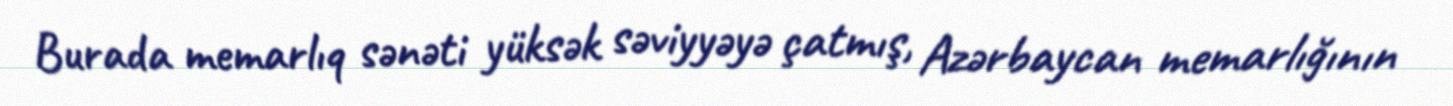
Burada memarlıq sənəti yüksək səviyyəyə çatmış, Azərbaycan memarlığının